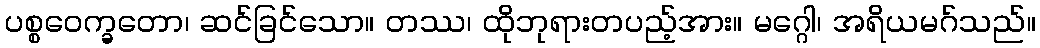
ပစ္စဝေက္ခတော၊ ဆင်ခြင်သော။ တဿ၊ ထိုဘုရားတပည့်အား။ မဂ္ဂေါ၊ အရိယမဂ်သည်။